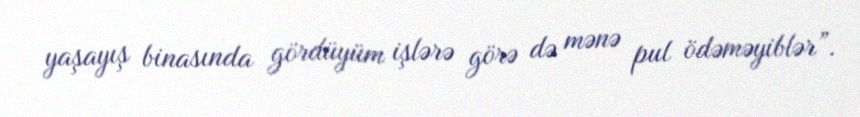
yaşayış binasında gördüyüm işlərə görə də mənə pul ödəməyiblər”.